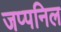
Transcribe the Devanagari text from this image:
जप्पनिल